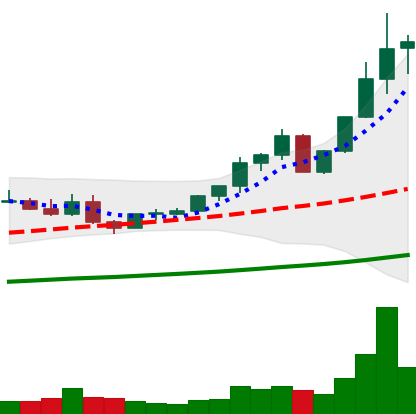
Ticker: ETC-USD
Chart end date: 2021-04-08
Forward return: 8.816%
Label: up_7plus